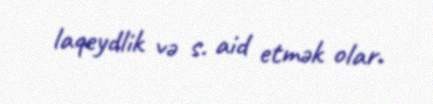
laqeydlik və s. aid etmək olar.